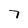
Character: 7